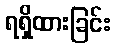
ရရှိထားခြင်း